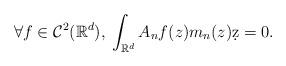
LaTeX: \begin{align*}\forall f \in \mathcal C^2(\mathbb{R}^d),\: \int_{\mathbb{R}^d} A_n f(z) m_n(z) \d z = 0. \end{align*}